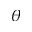
\theta